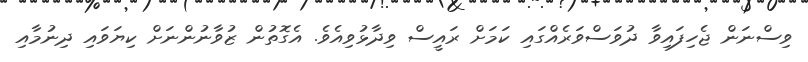
ވިސްނަން ޖެހިފައިވާ ދުވަސްވަރެއްގައި ކަމަށް ރައީސް ވިދާޅުވިއެވެ. އެގޮތުން ޒުވާނުންނަށް ކިޔަވައި ދިނުމާއި